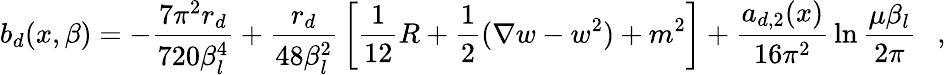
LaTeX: b_{d}(x,\beta)=-{\frac{7\pi^{2}r_{d}}{720\beta_{l}^{4}}}+{\frac{r_{d}}{48\beta_{l}^{2}}}\left[{\frac{1}{12}}R+\frac 12(\nabla w-w^{2})+m^{2}\right]+{\frac{a_{d,2}(x)}{16\pi^{2}}}\ln{\frac{\mu\beta_{l}}{2\pi}}~~~,